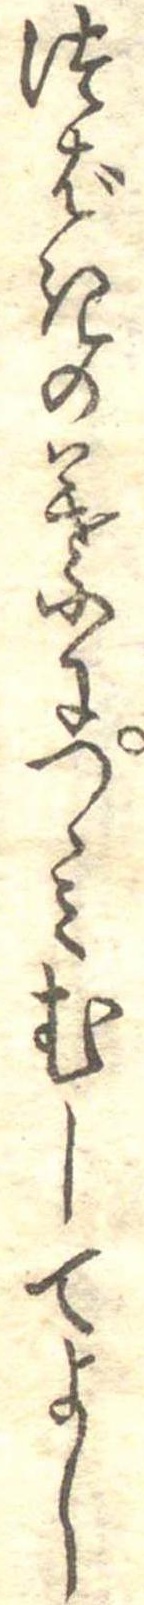
つばきの葉につゝみむしてよし